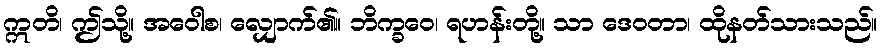
ဣတိ၊ ဤသို့။ အဝေါစ၊ လျှောက်၏။ ဘိက္ခဝေ၊ ရဟန်းတို့။ သာ ဒေဝတာ၊ ထိုနတ်သားသည်။